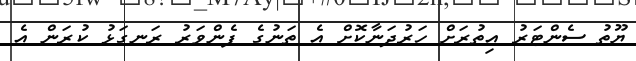
ޔޫތު ސެންޓަރު އިތުރަށް ހަރުދަނާކޮށް އެ ތަނުގެ ފެންވަރު ރަނގަޅު ކުރަން އެ